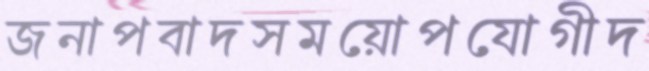
জনাপবাদসময়োপযোগীদ